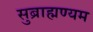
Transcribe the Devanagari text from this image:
सुब्राह्मण्यम